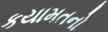
કયામતનો